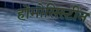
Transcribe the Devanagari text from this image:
होमोसिस्टीन